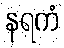
နရကံ